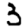
Digit: 3